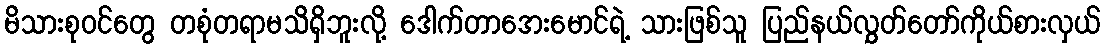
မိသားစုဝင်တွေ တစုံတရာမသိရှိဘူးလို့ ဒေါက်တာအေးမောင်ရဲ့ သားဖြစ်သူ ပြည်နယ်လွှတ်တော်ကိုယ်စားလှယ်